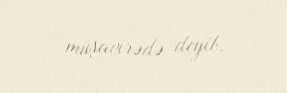
müşavirədə deyib.